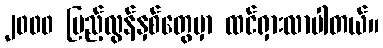
၂၀၀၀ ပြည့်လွန်နှစ်တွေမှာ ထင်ရှားလာပါတယ်။